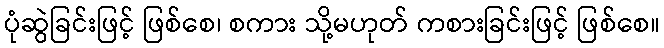
ပုံဆွဲခြင်းဖြင့် ဖြစ်စေ၊ စကား သို့မဟုတ် ကစားခြင်းဖြင့် ဖြစ်စေ။